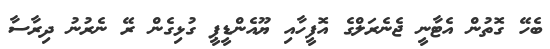
ބެހޭ ގޮތުން އެޓާނީ ޖެނެރަލްގެ އޮފީހާއި ޔޫއެންޑީޕީ ގުޅިގެން ރޭ ނެރުނު ދިރާސާ